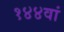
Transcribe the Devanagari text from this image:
१४४वां